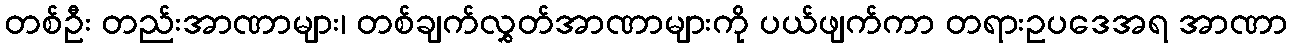
တစ်ဦး တည်းအာဏာများ၊ တစ်ချက်လွှတ်အာဏာများကို ပယ်ဖျက်ကာ တရားဥပဒေအရ အာဏာ